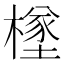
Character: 𪳸